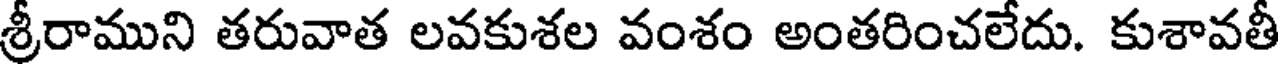
శ్రీరాముని తరువాత లవకుశల వంశం అంతరించలేదు. కుశావతీ